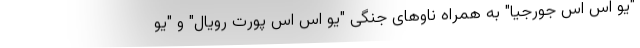
"یو اس اس جورجیا" به همراه ناوهای جنگی "یو اس اس پورت رویال" و "یو